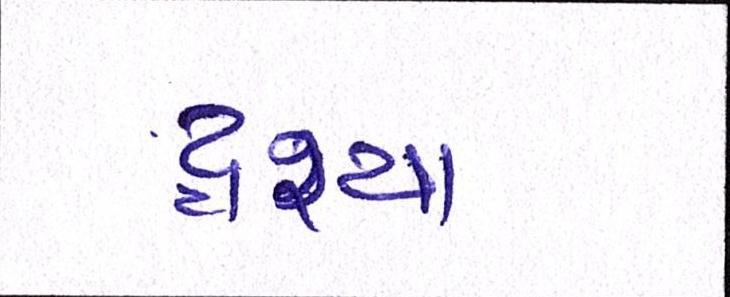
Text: દ્રશ્યઃ